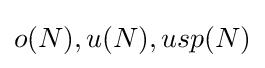
o(N),u(N),usp(N)